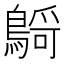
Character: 𪃴